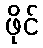
ဖိုင်